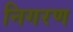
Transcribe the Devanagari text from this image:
निगरण